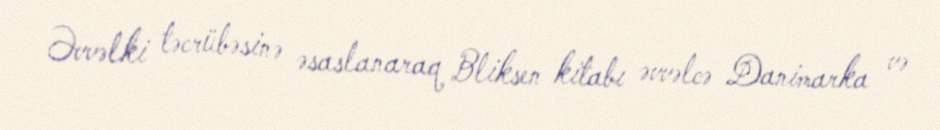
Əvvəlki təcrübəsinə əsaslanaraq Bliksen kitabı əvvəlcə Danimarka və